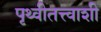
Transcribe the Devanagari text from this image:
पृथ्वीतत्त्वाशी